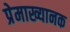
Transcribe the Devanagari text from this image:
प्रेमाख्यानक